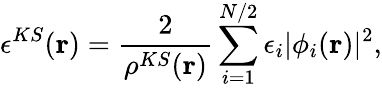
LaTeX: \epsilon^{KS}(\mathbf{r})=\frac{2}{\rho^{KS}(\mathbf{r})}\sum_{i=1}^{N/2}\epsilon_{i}|\phi_{i}(\mathbf{r})|^{2},